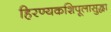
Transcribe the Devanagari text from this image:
हिरण्यकशिपूलासुद्धा